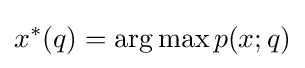
x^{*}(q)=\arg \max p(x;q)